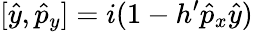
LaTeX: [\hat{y},\hat{p}_{y}]=i(1-h^{\prime}\hat{p}_{x}\hat{y})